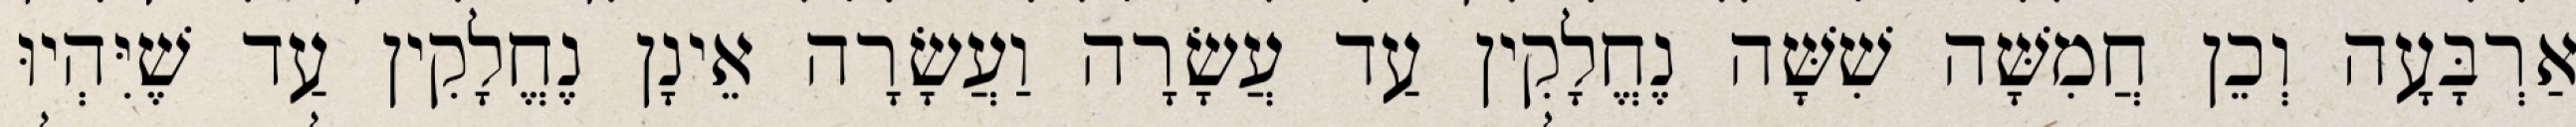
אַרְבָּעָה וְכֵן חֲמִשָּׁה שִׁשָּׁה נֶחֱלָקִין עַד עֲשָׂרָה וַעֲשָׂרָה אֵינָן נֶחֱלָקִין עַד שֶׁיִּהְיוּ